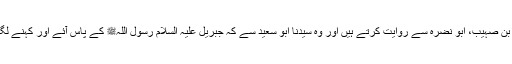
1444: عبدالعزیز بن صہیب، ابو نضرہ سے روایت کرتے ہیں اور وہ سیدنا ابو سعیدؓ سے کہ جبریل علیہ السلام رسول اللہﷺ کے پاس آئے اور کہنے لگے کہ اے محمدﷺ!